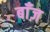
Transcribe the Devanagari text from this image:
बाँज़